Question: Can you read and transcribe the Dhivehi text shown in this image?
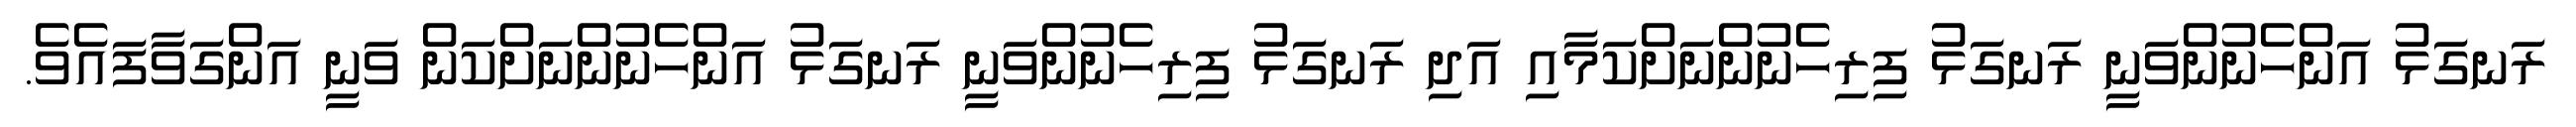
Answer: ރަނގަޅު އަންހެނުންވަނީ ރަނގަޅު ފިރިހެނުންނަށްކަމާއި އަދި ރަނގަޅު ފިރިހެނުންވަނީ ރަނގަޅު އަންހެނުންނަށްކަން ވަނީ އަންގަވާފައެވެ.